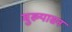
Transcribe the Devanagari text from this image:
मुख्यासन